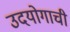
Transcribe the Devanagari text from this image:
उदयोगाची